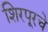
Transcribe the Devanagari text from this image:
शिरपूरचे